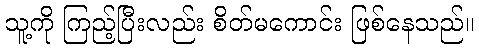
သူ့ကို ကြည့်ပြီးလည်း စိတ်မကောင်း ဖြစ်နေသည်။